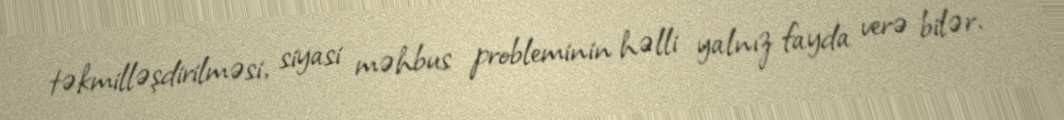
təkmilləşdirilməsi, siyasi məhbus probleminin həlli yalnız fayda verə bilər.